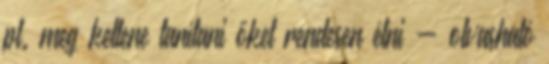
pl. meg kellene tanítani őket rendesen élni - olvasható